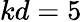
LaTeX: kd=5